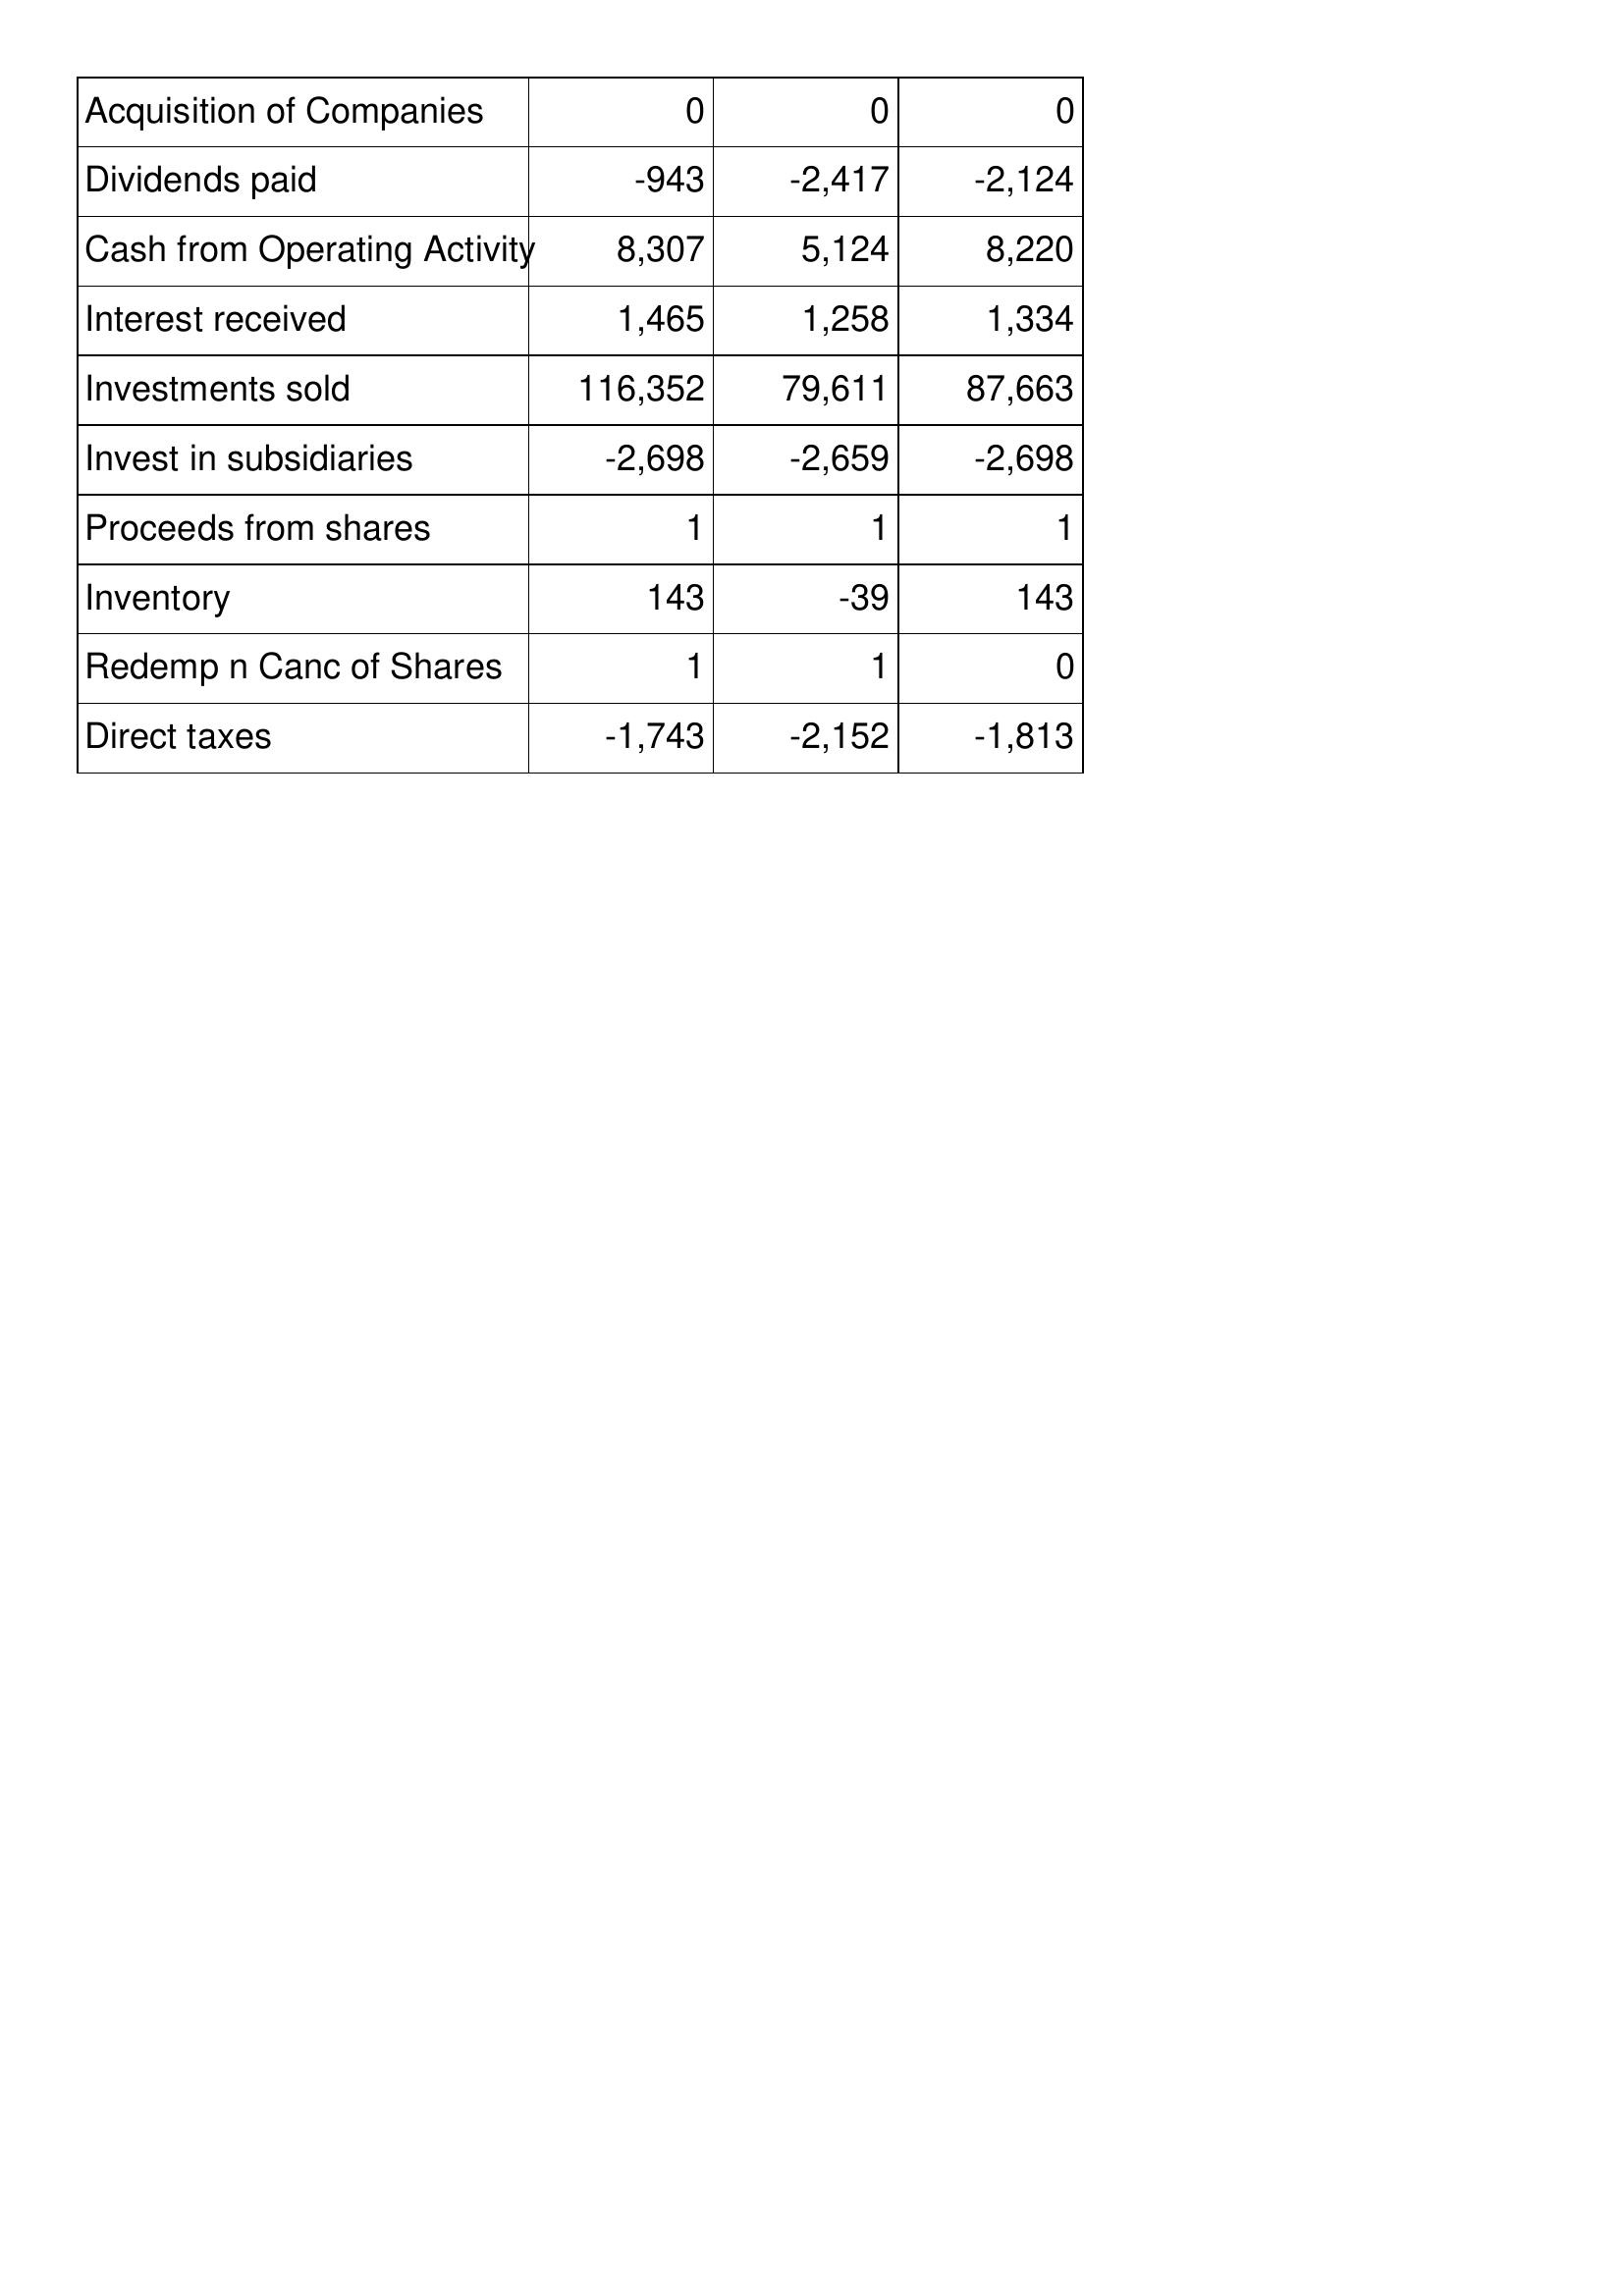
May-16: Cash Flows: Acquisition of Companies: 0
Dividends paid: -943
Cash from Operating Activity: 8,307
Interest received: 1,465
Investments sold: 116,352
Invest in subsidiaries: -2,698
Proceeds from shares: 1
Inventory: 143
Redemp n Canc of Shares: 1
Direct taxes: -1,743
May-15: Cash Flows: Acquisition of Companies: 0
Dividends paid: -2,417
Cash from Operating Activity: 5,124
Interest received: 1,258
Investments sold: 79,611
Invest in subsidiaries: -2,659
Proceeds from shares: 1
Inventory: -39
Redemp n Canc of Shares: 1
Direct taxes: -2,152
May-14: Cash Flows: Acquisition of Companies: 0
Dividends paid: -2,124
Cash from Operating Activity: 8,220
Interest received: 1,334
Investments sold: 87,663
Invest in subsidiaries: -2,698
Proceeds from shares: 1
Inventory: 143
Redemp n Canc of Shares: 0
Direct taxes: -1,813